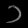
Digit: ၁